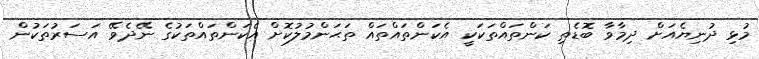
މުޅި ދުނިޔެއަށް ދިމާވާ ބޮޑެތި ކަންތައްތަކަކީ އެކަންތައްތައް ތަޙަންމުލުކޮށް އެކަންތައްތަކުގެ ނޭދެވޭ އަސަރުތަކުން